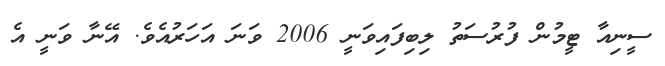
ސީނިއާ ޓީމުން ފުރުސަތު ލިބިފައިވަނީ 2006 ވަނަ އަހަރުއެވެ. އޭނާ ވަނީ އެ